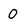
Character: 0